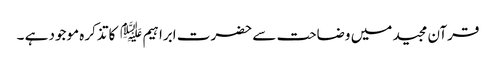
قرآن مجید میں وضاحت سے حضرت ابراہیم ﷤ کا تذکرہ موجود ہے ۔